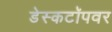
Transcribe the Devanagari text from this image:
डेस्कटॉपवर